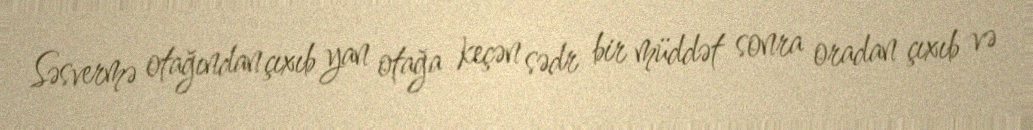
Səsvermə otağından çıxıb yan otağa keçən sədr bir müddət sonra oradan çıxıb və